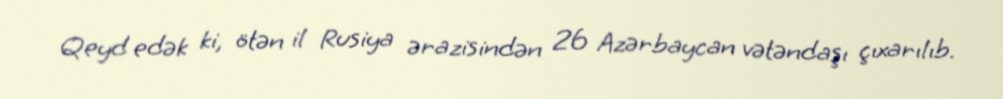
Qeyd edək ki, ötən il Rusiya ərazisindən 26 Azərbaycan vətəndaşı çıxarılıb.